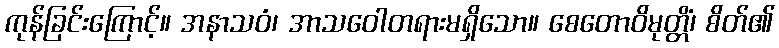
ကုန်ခြင်းကြောင့်။ အနာသဝံ၊ အာသဝေါတရားမရှိသော။ စေတောဝိမုတ္တိံ၊ စိတ်၏